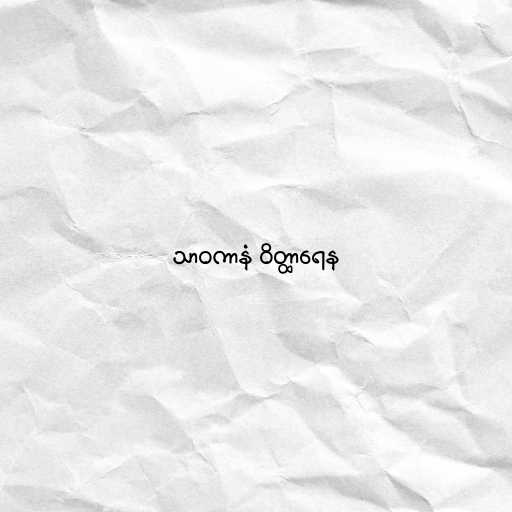
သာဝကာနံ ဝိတ္ထာရေန